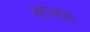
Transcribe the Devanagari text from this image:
संनिधि